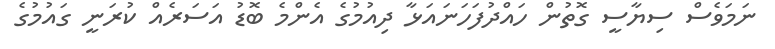
ނަމަވެސް ސިޔާސީ ގޮތުން ހައްދުފަހަނައަޅާ ދިއުމުގެ އެންމެ ބޮޑު އަސަރެއް ކުރަނީ ގައުމުގެ